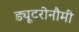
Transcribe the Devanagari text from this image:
ड्यूटरोनौमी